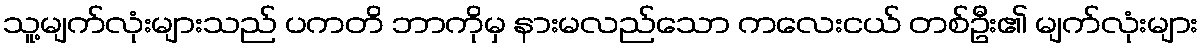
သူ့မျက်လုံးများသည် ပကတိ ဘာကိုမှ နားမလည်သော ကလေးငယ် တစ်ဦး၏ မျက်လုံးများ